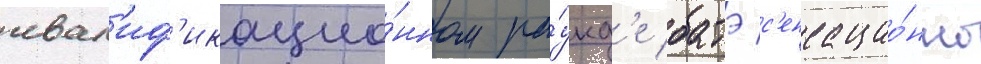
квал'иф'икацио́нном ра́унд'е батэ с'енсацио́нно